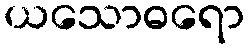
ယသောဓရော